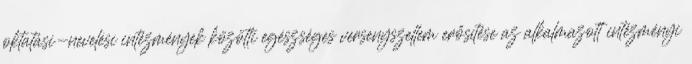
oktatási-nevelési intézmények közötti egészséges versenyszellem erősítése az alkalmazott intézményi